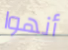
أنهوا